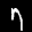
Label: 7